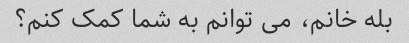
بله خانم، می توانم به شما کمک کنم؟